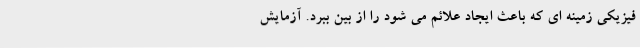
فیزیکی زمینه ای که باعث ایجاد علائم می شود را از بین ببرد. آزمایش